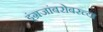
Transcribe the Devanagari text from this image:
इंग्रजांबरोबरच्या